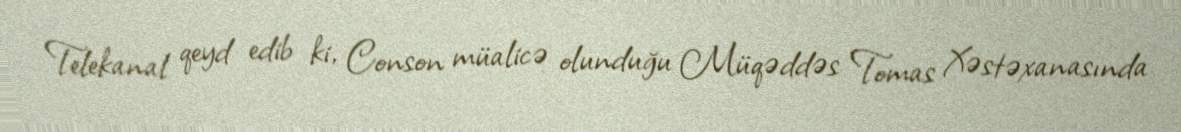
Telekanal qeyd edib ki, Conson müalicə olunduğu Müqəddəs Tomas Xəstəxanasında